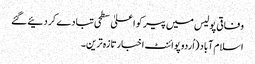
وفاقی پولیس میں پیر کو اعلیٰ سطحی تبادے کر دئیے گئے
اسلام آباد (اُردو پوائنٹ اخبارتازہ ترین۔